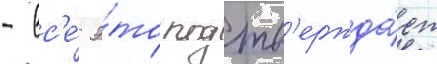
- вс'е́ э́то подтв'ержда́ет